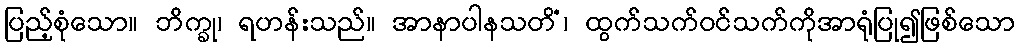
ပြည့်စုံသော။ ဘိက္ခု၊ ရဟန်းသည်။ အာနာပါနသတိံ၊ ထွက်သက်ဝင်သက်ကိုအာရုံပြု၍ဖြစ်သော